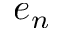
e _ { n }